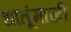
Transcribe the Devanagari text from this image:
धातूंमाजी